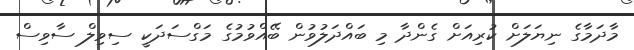
މާދަމާގެ ނިޔަލަށް ކުރިއަށް ގެންދާ މި ބައްދަލުވުން ބޭއްވުމުގެ މަގްސަދަކީ ސިވިލް ސާވިސް